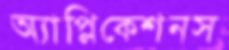
অ্যাপ্লিকেশনস